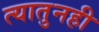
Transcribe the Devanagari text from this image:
त्यातुनही